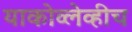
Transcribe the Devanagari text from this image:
याकोव्लेव्हीच